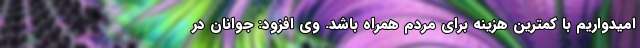
امیدواریم با کمترین هزینه برای مردم همراه باشد. وی افزود: جوانان در